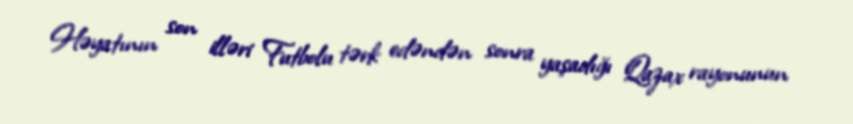
Həyatının son illəri Futbolu tərk edəndən sonra yaşadığı Qazax rayonunun